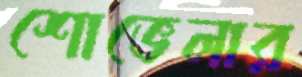
শোভেলার